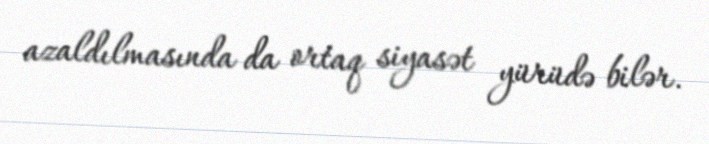
azaldılmasında da ortaq siyasət yürüdə bilər.